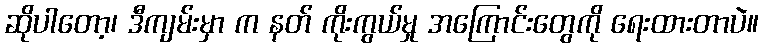
ဆိုပါတော့၊ ဒီကျမ်းမှာ က နတ် ကိုးကွယ်မှု အကြောင်းတွေကို ရေးထားတာပဲ။